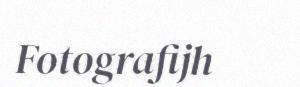
Fotografijh